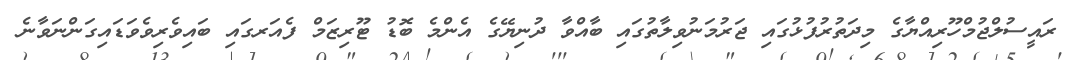
ރައީސުލްޖުމްހޫރިއްޔާގެ މިދަތުރުފުޅުގައި ޖަރުމަނުވިލާތުގައި ބާއްވާ ދުނިޔޭގެ އެންމެ ބޮޑު ޓޫރިޒަމް ފެއަރގައި ބައިވެރިވެވަޑައިގަންނަވާނެ